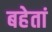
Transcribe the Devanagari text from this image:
बहेतां